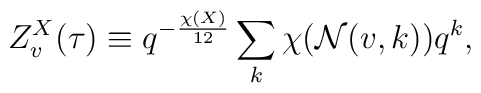
Z^X_v(\tau)\equiv q^{-{\frac{\chi(X)}{12}}}\sum_k \chi({\cal N}(v,k))q^k,